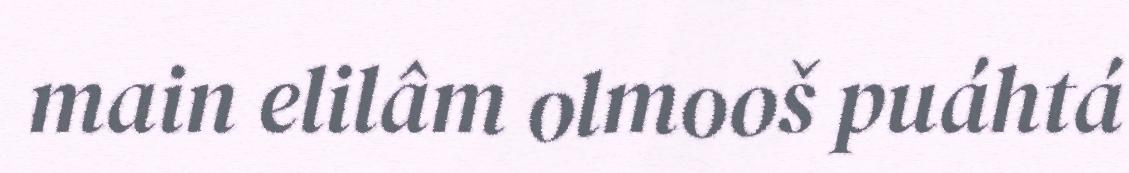
main elilâm olmooš puáhtá